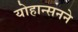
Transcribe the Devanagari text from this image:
योहान्सनने